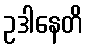
ဥဒါနေတိ